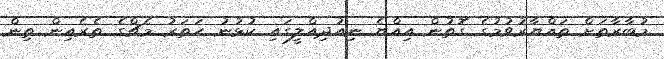
މުބާރާތަށް ތައްޔާރުވުމުގެ ގޮތުން އިއްޔެ ނިއުދިއްލީގައި ކުޅުނު ހަތަރު މެޗްގެ ތެރެއިން ތިން